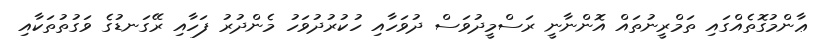
ޢާންމުގޮތެއްގައި ތަމްރީނުތައް އޮންނާނީ ރަސްމީދުވަސް ދުވަހާއި ހުކުރުދުވަހު މެންދުރު ފަހާއި ރޭގަނޑުގެ ވަގުތުތަކާއި